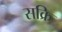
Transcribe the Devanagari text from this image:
सक्रि